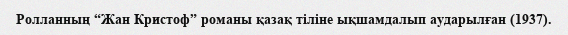
Ролланның “Жан Кристоф” романы қазақ тіліне ықшамдалып аударылған (1937).